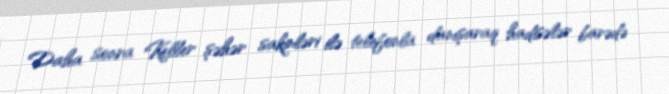
Daha sonra Keller şəhər sakinləri ilə telefonla danışaraq hadisələr barədə